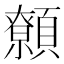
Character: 𩕐